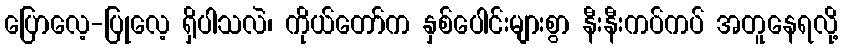
ပြောလေ့-ပြုလေ့ ရှိပါသလဲ၊ ကိုယ်တော်က နှစ်ပေါင်းများစွာ နီးနီးကပ်ကပ် အတူနေရလို့